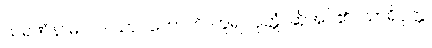
သရဏံနာမ၊ လ၊ သာဝကောတိ၊ ဟူ၍။ ဝုတ္တံ၊ ဆိုအပ်၏။ သာရိပုတ္တ၊